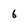
Character: 6